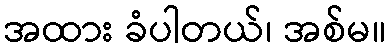
အထား ခံပါတယ်၊ အစ်မ။